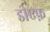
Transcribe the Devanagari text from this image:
डीएफ़